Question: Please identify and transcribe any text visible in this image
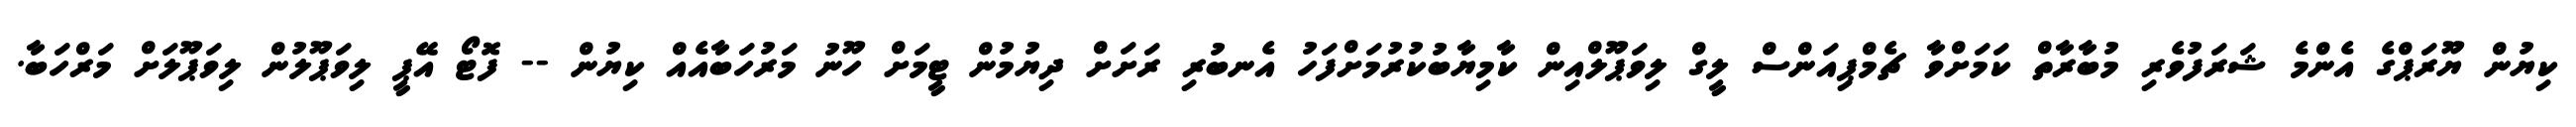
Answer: ކިޔުން ޔޫރަޕްގެ އެންމެ ޝަރަފުވެރި މުބާރާތް ކަމަށްވާ ޗެމްޕިއަންސް ލީގް ލިވަޕޫލްއިން ކާމިޔާބުކުރުމަށްފަހު އެނބުރި ރަށަށް ދިޔުމުން ޓީމަށް ހޫނު މަރުހަބާއެއް ކިޔުން -- ފޮޓޯ އޭޕީ ލިވަޕޫލުން ލިވަޕޫލަށް މަރްހަބާ.